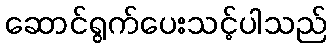
ဆောင်ရွက်ပေးသင့်ပါသည်